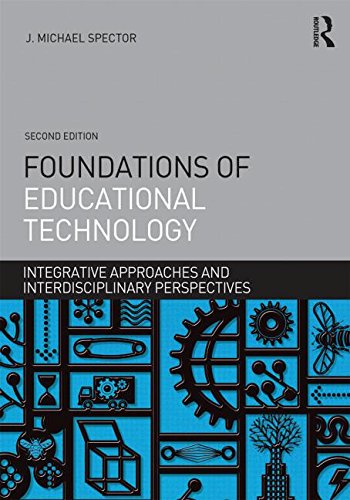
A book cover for Foundations of Educational Technology: Integrative Approaches and Interdisciplinary Perspectives (Interdisciplinary Approaches to Educational Technology); J. Michael Spector; Education & Teaching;